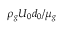
\rho _ { g } U _ { 0 } d _ { 0 } / \mu _ { g }